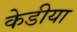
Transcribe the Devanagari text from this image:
केडीया